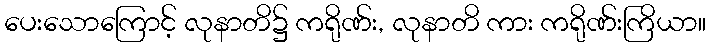
ပေးသောကြောင့် လုနာတိ၌ ကရိုဏ်း, လုနာတိ ကား ကရိုဏ်းကြိယာ။